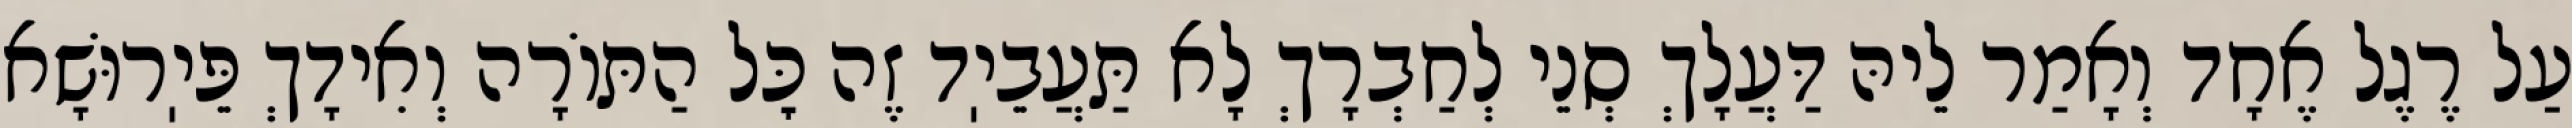
עַל רֶגֶל אֶחָד וְאָמַר לֵיהּ דַּעֲלָךְ סְנֵי לְחַבְרָךְ לָא תַּעֲבֵיֽד זֶה כׇּל הַתּוֹרָה וְאִידָךְ פֵּיֽרוּשָׁא